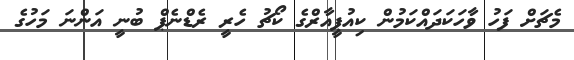
މެޗަށް ފަހު ވާހަކަދައްކަމުން ކިއުޕީއާރްގެ ކޯޗު ހެރީ ރެޑްނެޕް ބުނީ އަންނަ މަހުގެ